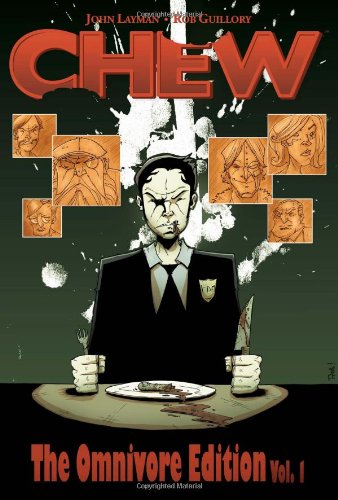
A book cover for CHEW Omnivore Edition, Vol. 1; John Layman; Comics & Graphic Novels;